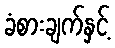
ခံစားချက်နှင့်